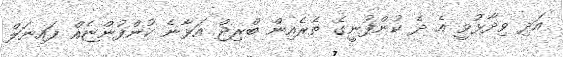
އަދި ވިދާޅުވީ އެ ދެ ކުންފުނީގެ ތެރެއިން ބްރިޖް އަޅާނެ ކުންފުންޏެއް ފައިނަލް